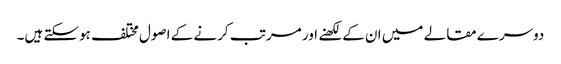
دوسرے مقالے میں ان کے لکھنے اور مرتب کرنے کے اصول مختلف ہوسکتے ہیں۔